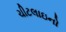
ચીટલાઇનો